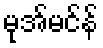
မုအ်မင်န်